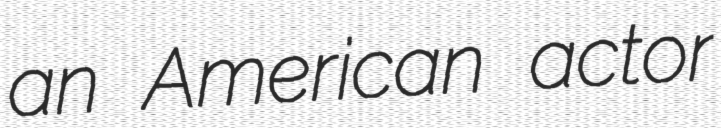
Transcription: an American actor